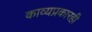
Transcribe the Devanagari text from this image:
काव्यप्रकारही